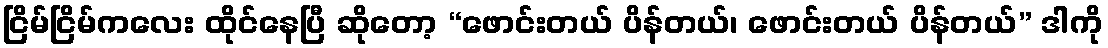
ငြိမ်ငြိမ်ကလေး ထိုင်နေပြီ ဆိုတော့ “ဖောင်းတယ် ပိန်တယ်၊ ဖောင်းတယ် ပိန်တယ်” ဒါကို